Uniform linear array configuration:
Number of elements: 48
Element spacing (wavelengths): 1
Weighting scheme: exponential
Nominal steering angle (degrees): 60
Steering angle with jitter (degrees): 58.97
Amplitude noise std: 0.05
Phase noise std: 0.05

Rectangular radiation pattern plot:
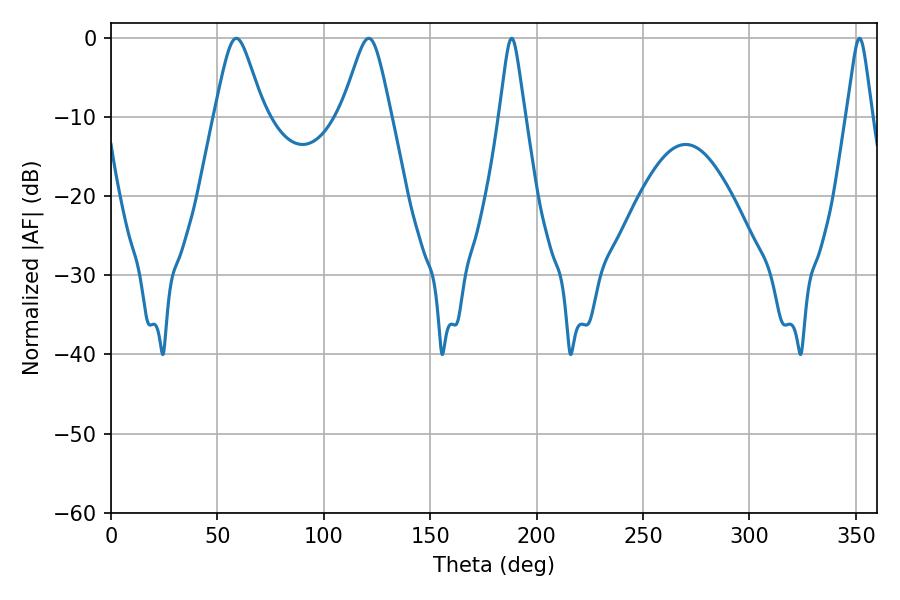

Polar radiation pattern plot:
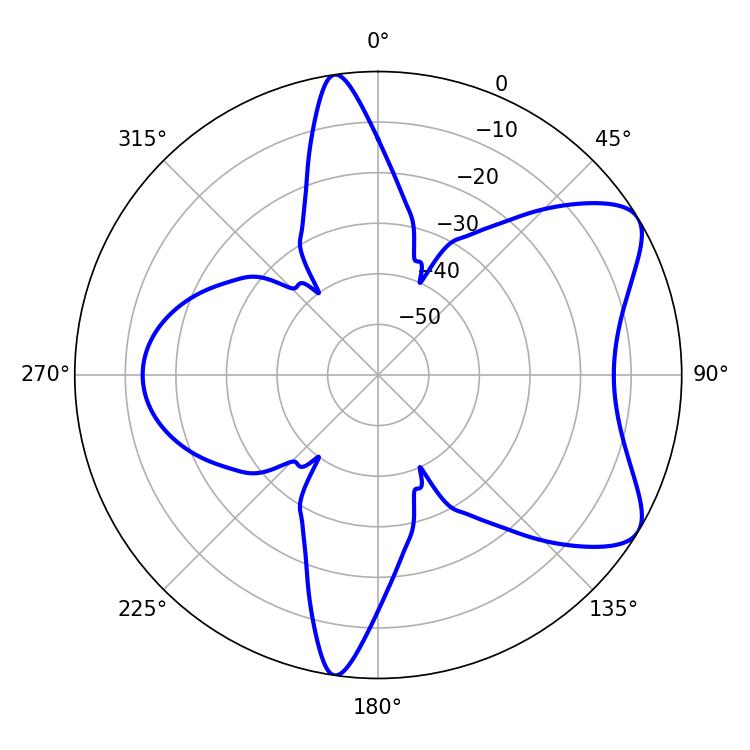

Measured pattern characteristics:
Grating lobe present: TRUE
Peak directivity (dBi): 7.35
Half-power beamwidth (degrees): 5.76
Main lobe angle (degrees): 188.28